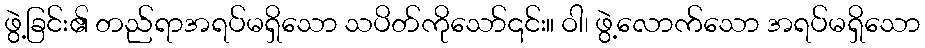
ဖွဲ့ခြင်း၏ တည်ရာအရပ်မရှိသော သပိတ်ကိုသော်၎င်း။ ဝါ၊ ဖွဲ့လောက်သော အရပ်မရှိသော